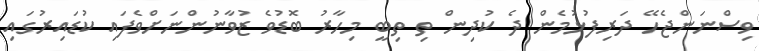
ވިސްނަންޖެހޭ ދަރިފުޅުމެން ދެ ކުދިން ތި ތިބީ މިހާރު ބޮޑުވެ ޒުވާނުންނަށްވެފައި ކުޑައިރުގައި